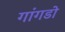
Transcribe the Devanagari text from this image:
गांगडोे